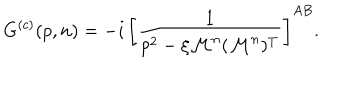
LaTeX: G ^ { ( c ) } ( p , n ) = - i \, \left[ \frac { 1 } { p ^ { 2 } - \xi \mathcal { M } ^ { n } ( \mathcal { M } ^ { n } ) ^ { T } } \right] ^ { A B } .